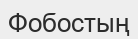
Фобостың